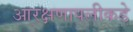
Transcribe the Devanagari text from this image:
आरक्षणापलीकडे